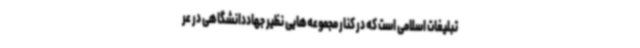
تبلیغات اسلامی است که در کنار مجموعه‌هایی نظیر جهاددانشگاهی در عر